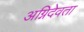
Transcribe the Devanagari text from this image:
अग्निदेवता